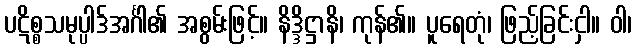
ပဋိစ္စသမုပ္ပါဒ်အင်္ဂါ၏ အစွမ်းဖြင့်။ နိဒ္ဒိဋ္ဌာနိ၊ ကုန်၏။ ပူရေတုံ၊ ဖြည့်ခြင်းငှါ။ ဝါ၊